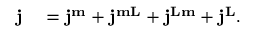
\begin{array} { r l } { \mathbf { j } } & { { } = \mathbf { j } ^ { \mathbf { m } } + \mathbf { j } ^ { \mathbf { m L } } + \mathbf { j } ^ { \mathbf { L m } } + \mathbf { j } ^ { \mathbf { L } } . } \end{array}